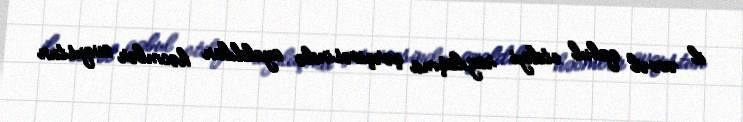
il əvvəl qəbul etdiyi razılaşma çərçivəsində azaldılan həcmlər avqustun